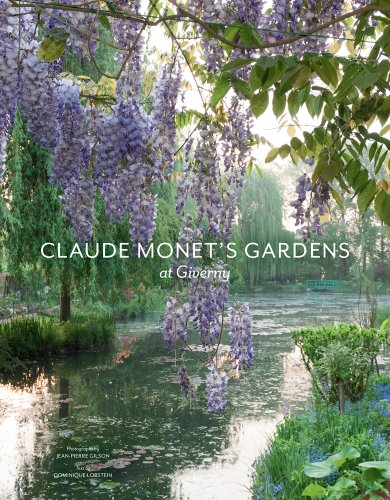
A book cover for Claude Monet's Gardens at Giverny; Crafts, Hobbies & Home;